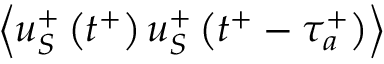
\left< u _ { S } ^ { + } \left( t ^ { + } \right) u _ { S } ^ { + } \left( t ^ { + } - \tau _ { a } ^ { + } \right) \right>